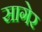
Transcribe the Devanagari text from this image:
सागेर